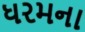
ધરમના